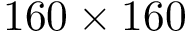
1 6 0 \times 1 6 0